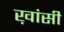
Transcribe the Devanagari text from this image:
ख़ांसी